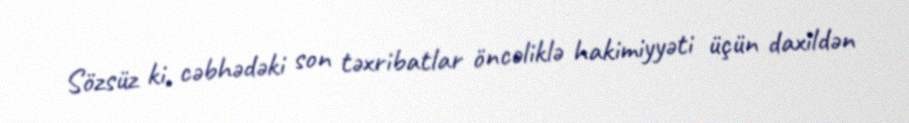
Sözsüz ki, cəbhədəki son təxribatlar öncəliklə hakimiyyəti üçün daxildən